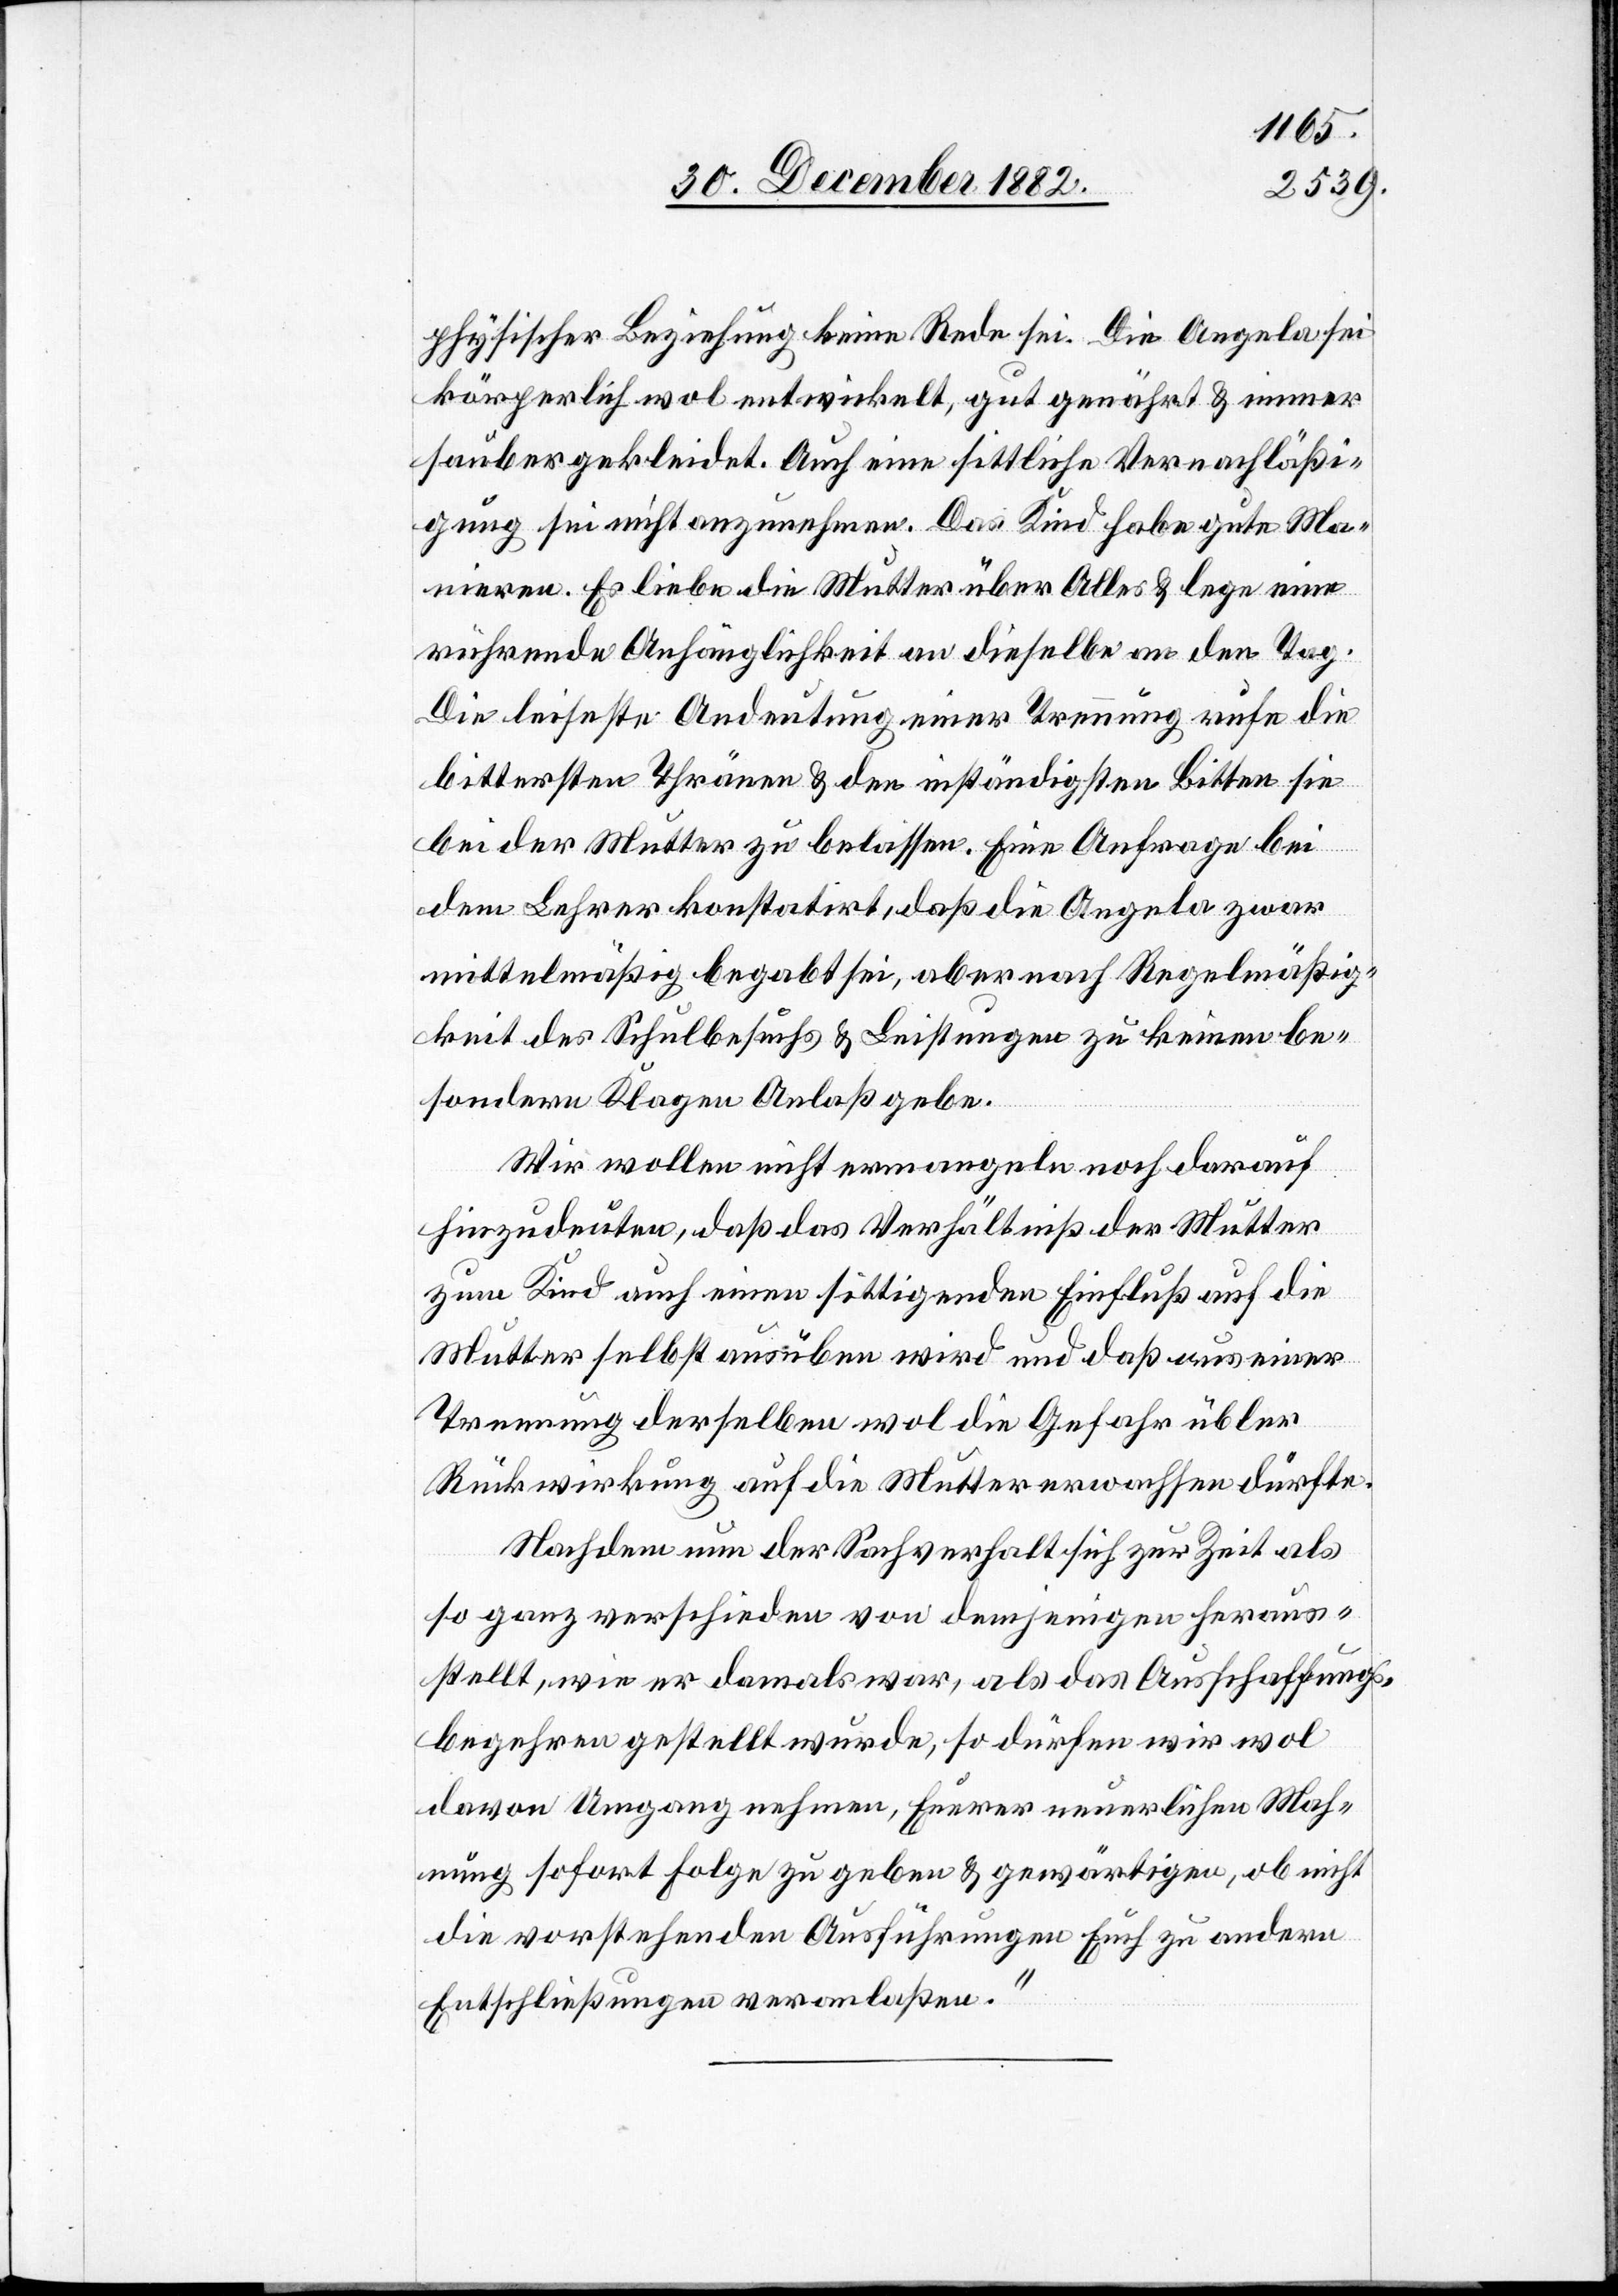
physischer Beziehung keine Rede sei. Die Angela sei
körperlich wol entwickelt, gut genährt & immer
sauber gekleidet. Auch eine sittliche Vernachläßi¬
gung sei nicht anzunehmen. Das Kind habe gute Ma¬
nieren. Es liebe die Mutter über Alles & lege eine
rührende Anhänglichkeit an dieselbe an den Tag.
Die leiseste Andeutung einer Trennung rufe die
bittersten Thränen & den inständigsten Bitten sie
bei der Mutter zu belassen. Eine Anfrage bei
dem Lehrer konstatirt, daß die Angela zwar
mittelmäßig begabt sein, aber nach Regelmäßig¬
keit des Schulbesuchs & Leistungen zu keinen be¬
sondern Klagen Anlaß gebe.
Wir wollen nicht ermangeln noch darauf
hinzudeuten, daß das Verhältniß der Mutter
zum Kind auch einen sittlichen Einfluß auf die
Mutter selbst ausüben wird und daß aus einer
Trennung derselben wol die Gefahr übler
Rückwirkung auf die Mutter erwachsen dürfte.
Nachdem nun der Sachverhalt sich zur Zeit als
so ganz verschieden von demjenigen heraus¬
stellt, wie er damals war, als das Ausschaffungs¬
begehren gestellt wurde, so dürfen wir wol
davon Umgang nehmen, Euerer neuerlichen Mah¬
nung sofort Folge zu geben & gewärtigen, ob nicht
die vorstehenden Ausführungen Euch zu andern
Entschließungen veranlaßen.“